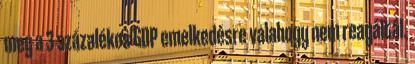
meg a 3 százalékos GDP emelkedésre valahogy nem reagáltál.